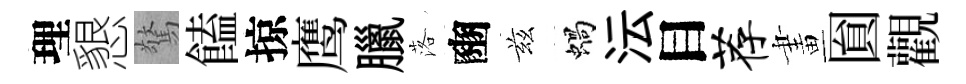
理懇驚饁掠鹰臘落豳兹蝸沄目荐畫圎觀